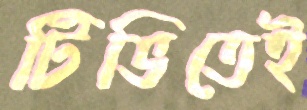
টিভিতেই